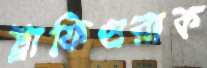
ট্রাফিগুরাক